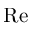
\mathrm { R e }